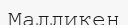
Малликен